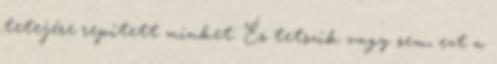
tetejére repített minket. És tetszik vagy sem, ezt a